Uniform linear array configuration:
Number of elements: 48
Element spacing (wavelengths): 0.25
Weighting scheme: hamming
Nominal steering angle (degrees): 15
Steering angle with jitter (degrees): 14.147
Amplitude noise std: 0.05
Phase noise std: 0.05

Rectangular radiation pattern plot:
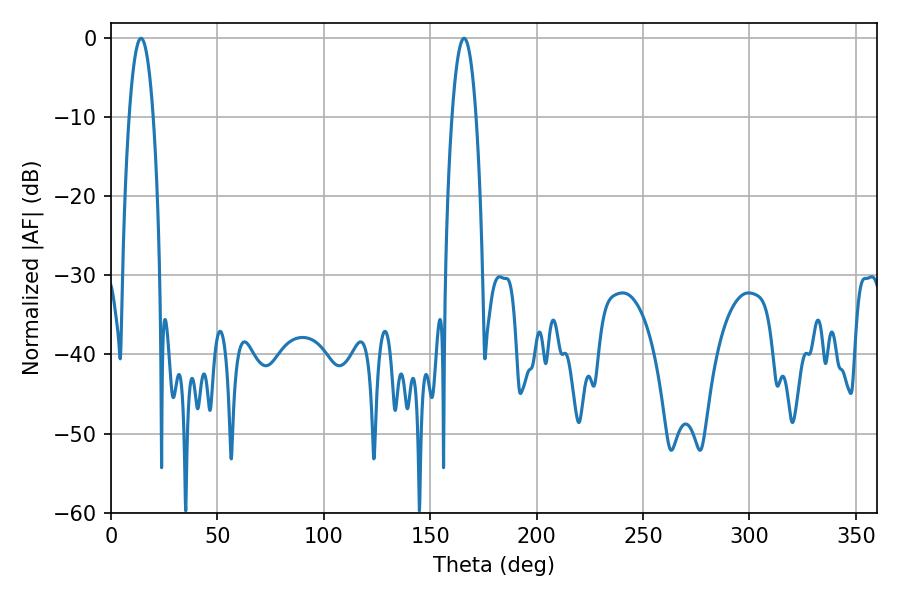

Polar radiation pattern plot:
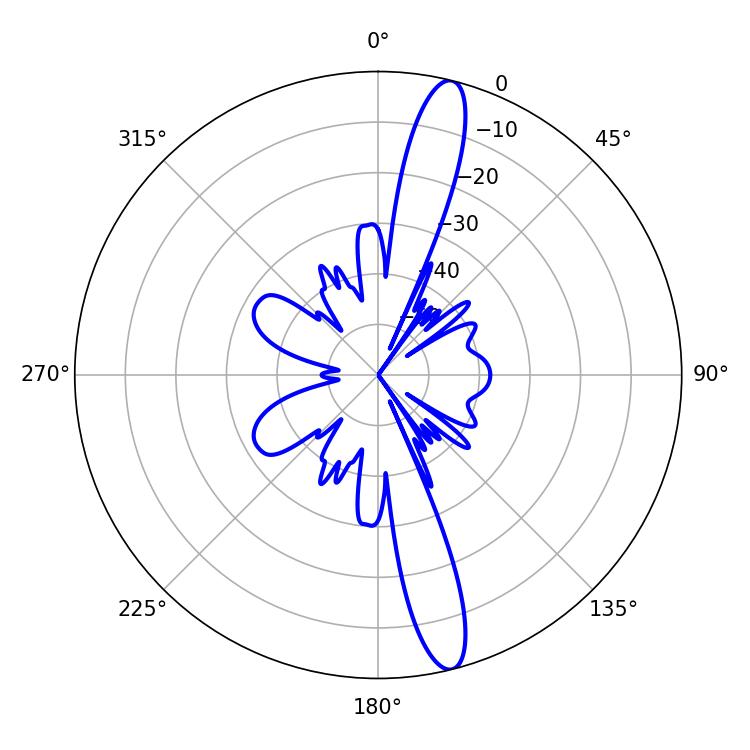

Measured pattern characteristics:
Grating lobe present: FALSE
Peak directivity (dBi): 15.439
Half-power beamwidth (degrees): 6.3
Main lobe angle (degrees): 14.04